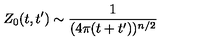
Z _ { 0 } ( t , t ^ { \prime } ) \sim \frac { 1 } { ( 4 \pi ( t + t ^ { \prime } ) ) ^ { n / 2 } }